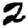
Digit: 2